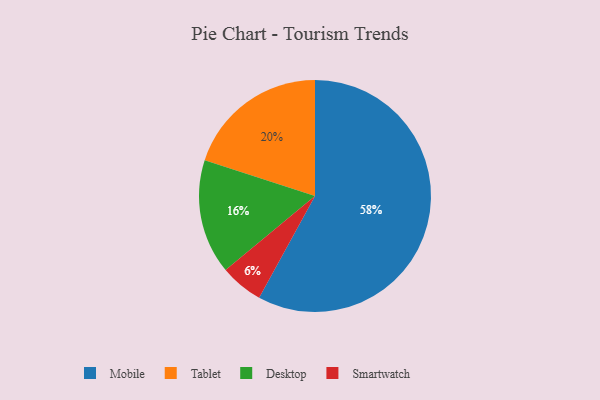
{"axis": {"x": "Category", "y": "Percentage"}, "legend": ["Desktop", "Mobile", "Smartwatch", "Tablet"], "data": [{"x": "Smartwatch", "y": 6, "type": "Smartwatch"}, {"x": "Tablet", "y": 20, "type": "Tablet"}, {"x": "Mobile", "y": 58, "type": "Mobile"}, {"x": "Desktop", "y": 16, "type": "Desktop"}]}